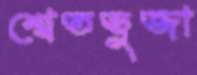
শ্বেতভুজা